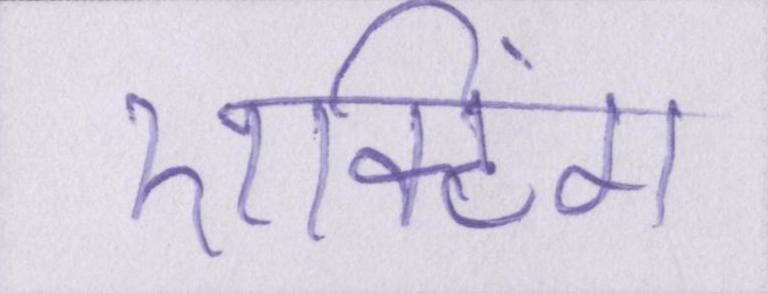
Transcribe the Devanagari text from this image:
एक्टिंग